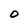
Character: 0